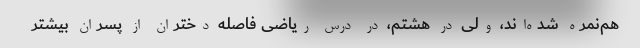
هم‌نمره شده‌اند، ولی در هشتم، در درس ریاضی فاصله دختران از پسران بیشتر